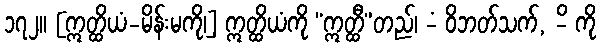
၁၇၂။ [ဣတ္ထိယံ-မိန်းမကို၊] ဣတ္ထိယံကို “ဣတ္ထီ”တည်၊ -ံ ဝိဘတ်သက်, -ိ ကို